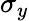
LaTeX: \sigma_{y}